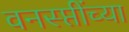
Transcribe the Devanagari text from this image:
वनस्प्तींच्या